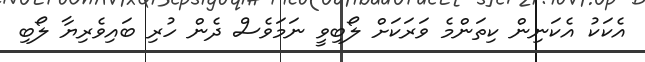
އެކަކު އެކަނިން ކިތަންމެ ވަރަކަށް ލޯބިވީ ނަމަވެސް ދެން ހުރި ބައިވެރިޔާ ލޯބި